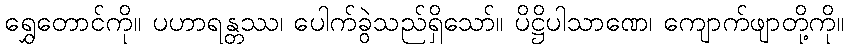
ရွှေတောင်ကို။ ပဟာရန္တဿ၊ ပေါက်ခွဲသည်ရှိသော်။ ပိဋ္ဌိပါသာဏေ၊ ကျောက်ဖျာတို့ကို။